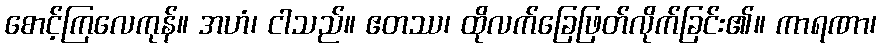
စောင့်ကြလေကုန်။ အဟံ၊ ငါသည်။ ဧတဿ၊ ထိုလက်ခြေဖြတ်လိုက်ခြင်း၏။ ကာရဏာ၊